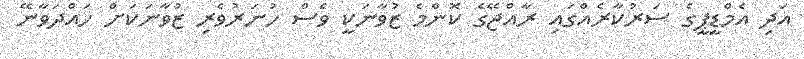
އަދި އެމްޑީޕީގެ ސަރުކާރެއްގައި ރާއްޖޭގެ ކޮންމެ ޒުވާނަކީ ވެސް ހުނަރުވެރި ޒުވާނަކަށް ހައްދަވާނޭ